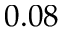
0 . 0 8